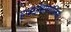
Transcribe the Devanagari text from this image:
हाइड्रोडामालिस